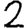
Digit: 2